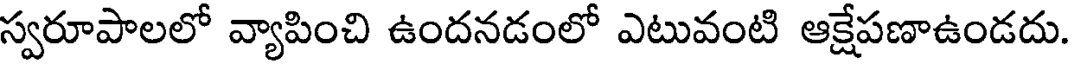
స్వరూపాలలో వ్యాపించి ఉందనడంలో ఎటువంటి ఆక్షేపణాఉండదు.